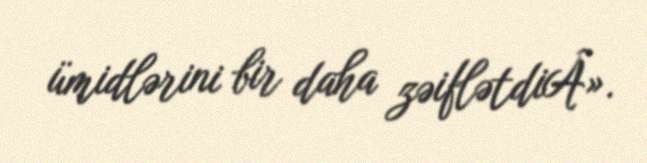
ümidlərini bir daha zəiflətdiÂ».